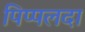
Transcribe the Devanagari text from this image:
पिप्‍पलदा